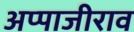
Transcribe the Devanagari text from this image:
अप्पाजीराव